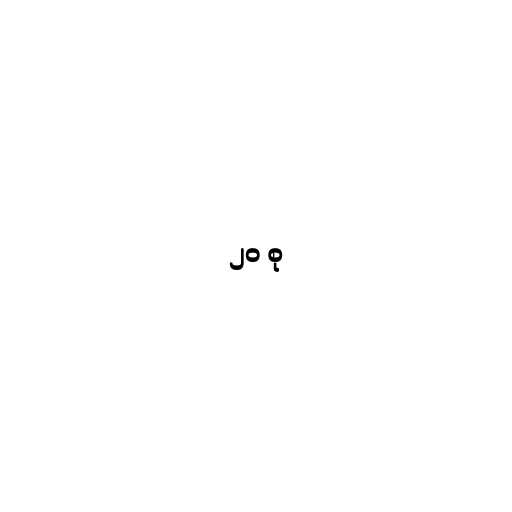
၂၀ စု